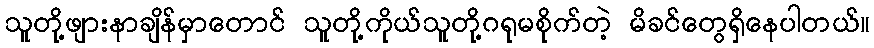
သူတို့ဖျားနာချိန်မှာတောင် သူတို့ကိုယ်သူတို့ဂရုမစိုက်တဲ့ မိခင်တွေရှိနေပါတယ်။